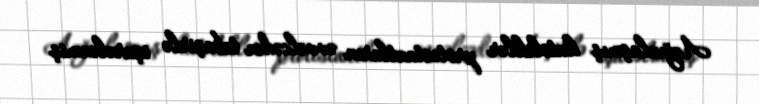
Azğınlaşmış katoliklər protestantların əvvəlcədən təbaşirlə işarələnmiş